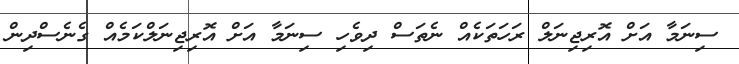
ސިނަމާ އަށް އޮރިޖިނަލް ރަހަތަކެއް ނެތަސް ދިވެހި ސިނަމާ އަށް އޮރިޖިނަލްކަމެއް ގެނެސްދިން